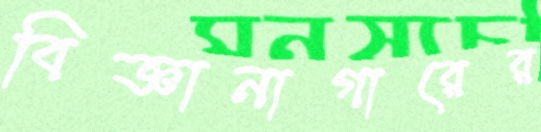
বিজ্ঞানাগারের